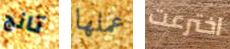
تانج عملها اخترعت